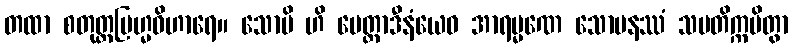
တထာ စတုတ္ထဗြဟ္မဝိဟာရေ။ သောပိ ဟိ မေတ္တာဒီနံယေဝ အာရမ္မဏေ သောမနဿံ သမတိက္ကမိတွာ